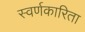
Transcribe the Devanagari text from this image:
स्वर्णकारिता